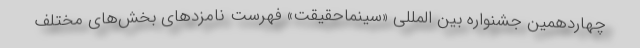
چهاردهمین جشنواره بین المللی «سینماحقیقت» فهرست نامزدهای بخش‌های مختلف